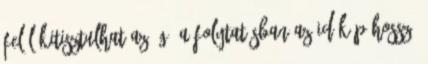
felől kitisztulhat az ég. A folytatásban az Időkép hosszú